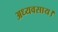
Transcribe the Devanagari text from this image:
अध्यवसाय।